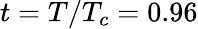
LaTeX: t=T/T_{c}=0.96